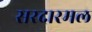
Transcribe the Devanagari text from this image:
सरदारमल